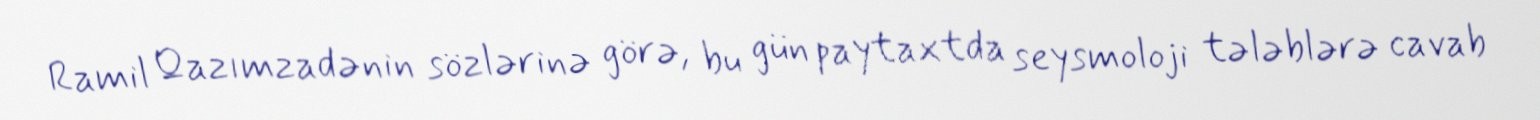
Ramil Qazımzadənin sözlərinə görə, bu gün paytaxtda seysmoloji tələblərə cavab